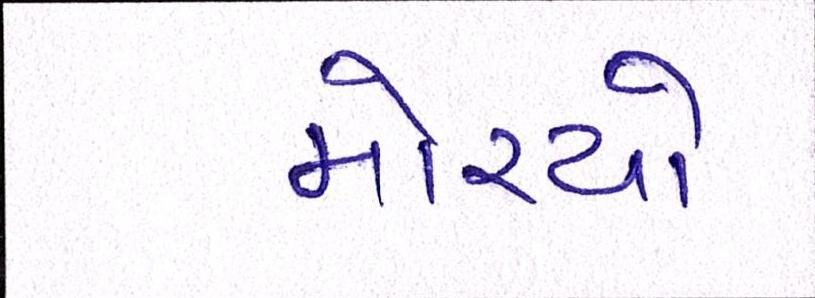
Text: મોરચો